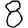
Digit: 8